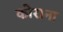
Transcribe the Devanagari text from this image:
कोराना